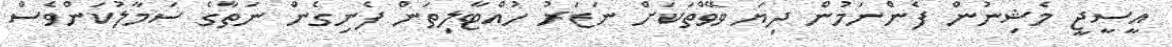
އީސީޖީ މެޝިނުން ފެންނަމުން ދިޔަ ވޭވްތަކަށް ނަޒަރު ހުއްޓާލިތަން ފެނިގެން ނަތާގެ ސަމާލުކަންވެސް